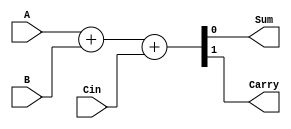
`timescale 1ns / 1ps
//////////////////////////////////////////////////////////////////////////////////
// Company: 
// Engineer: 
// 
// Design Name: 
// Module Name: full_adder
// Project Name: 
// Target Devices: 
// Tool Versions: 
// Description: 
// 
// Dependencies: 
// 
// Revision:
// Revision 0.01 - File Created
// Additional Comments:
// 
//////////////////////////////////////////////////////////////////////////////////


module full_adder(A, B, Cin, Sum, Carry);
    input A, B, Cin;
    output Sum, Carry;
    
    assign {Carry, Sum} = A + B + Cin;
endmodule